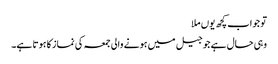
تو جواب کچھ یوں ملا
وہی حال ہے جو جیل میں ہونے والی جمعہ کی نماز کا ہوتا ہے۔